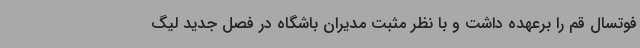
فوتسال قم را برعهده داشت و با نظر مثبت مدیران باشگاه در فصل جدید لیگ